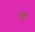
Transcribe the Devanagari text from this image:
ड़त